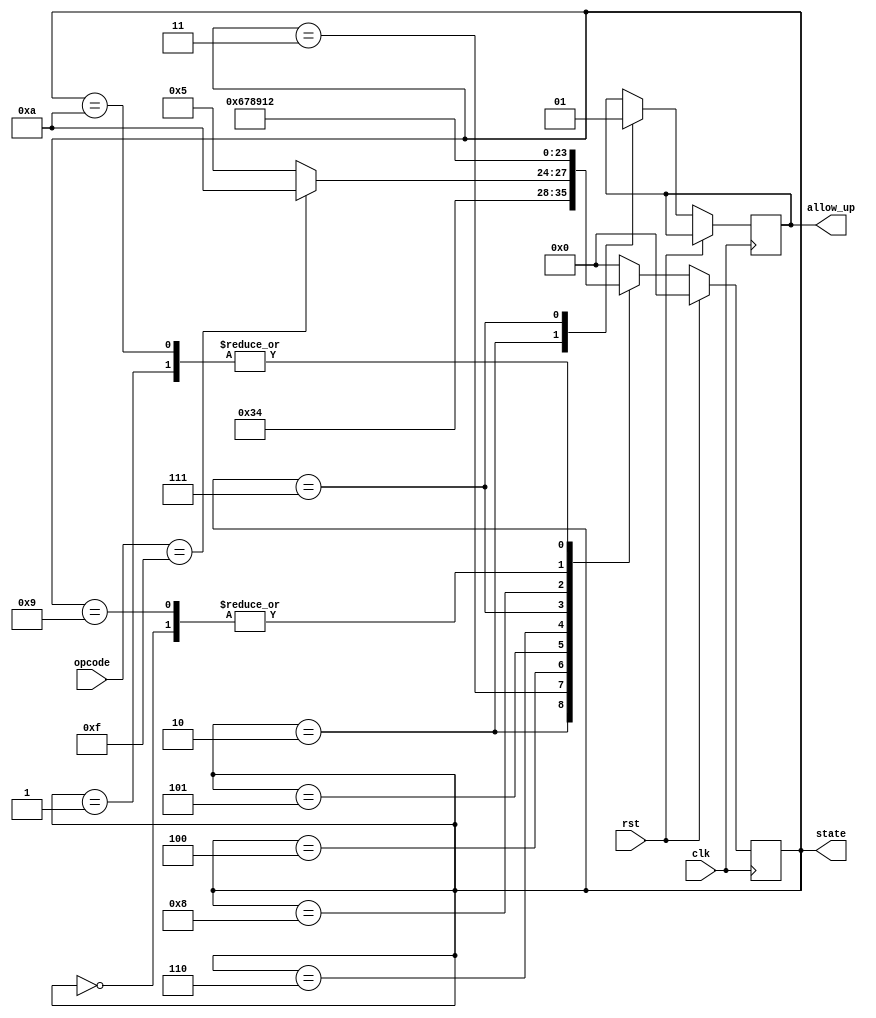
module control_cpu(
	input clk,rst,
	input [3:0]opcode,
	output reg [3:0]state,
	output reg allow_up
);
localparam [3:0]	IDLE = 4'd0,
						STATE_PC = 4'd1,
						STATE_RAM = 4'd2,
						STATE_IR = 4'd3,
						STATE_BUFFER = 4'd4,
						STATE_REGISTER_IN = 4'd5,
						STATE_ALU = 4'd6,
						STATE_ALU_OUT = 4'd7,
						STATE_REGISTER_OUT = 4'd8,
						STATE_ROM = 4'd9,
						STATE_JUMP = 4'd10;
						
						
parameter JUMP = 4'b1111;
						
initial
begin
	state <= IDLE;
	allow_up = 0;
end
	
						
always @(posedge clk)
begin
	if(rst)
	begin
		state <= IDLE;
	end else
	case(state)
		IDLE:
			begin
				state <= STATE_PC;
			end
		STATE_PC:
			begin
				state <= STATE_RAM;
			end
		STATE_RAM:
			begin
				allow_up = 0;
				state <= STATE_IR;
			end
		STATE_IR:
		begin
			state <= STATE_BUFFER;
		end
		STATE_BUFFER:
		begin
			if(opcode == JUMP)
			begin
				state <= STATE_JUMP;
			end
			else begin
				state <= STATE_REGISTER_IN;
			end
		end
		STATE_REGISTER_IN:
			begin
				state <= STATE_ALU;
			end
		STATE_ALU:
			begin
				state <= STATE_ALU_OUT;
			end
		STATE_ALU_OUT:
			begin
				allow_up = 1;
				state <= STATE_REGISTER_OUT;
			end
		STATE_REGISTER_OUT:
		begin
			state <= STATE_ROM;
		end
		STATE_ROM:
		begin
			state <= STATE_PC;
		end
		STATE_JUMP:
		begin
			state <= STATE_RAM;
		end
		default: state <= IDLE;
	endcase
end
					
endmodule